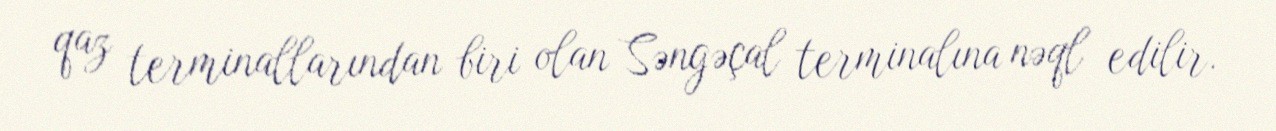
qaz terminallarından biri olan Səngəçal terminalına nəql edilir.